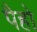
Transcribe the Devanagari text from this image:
पैहो